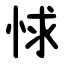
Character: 㤹